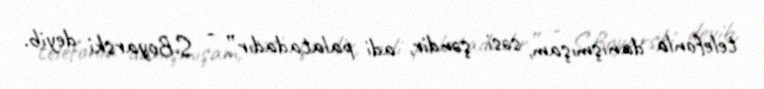
telefonla danışmışam, səsi şəndir, adi palatadadır”, - S.Boyarski deyib.